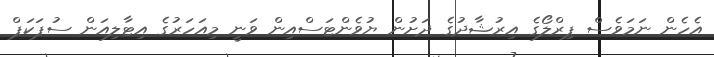
އެހެން ނަމަވެސް ޕިރްލޯގެ އިރުޝާދުގެ ދަށުން ޔުވެންޓަސްއިން ވަނީ މިއަހަރުގެ އިޓާލިއަން ސުޕަކަޕް